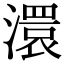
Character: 澴